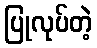
ပြုလုပ်တဲ့